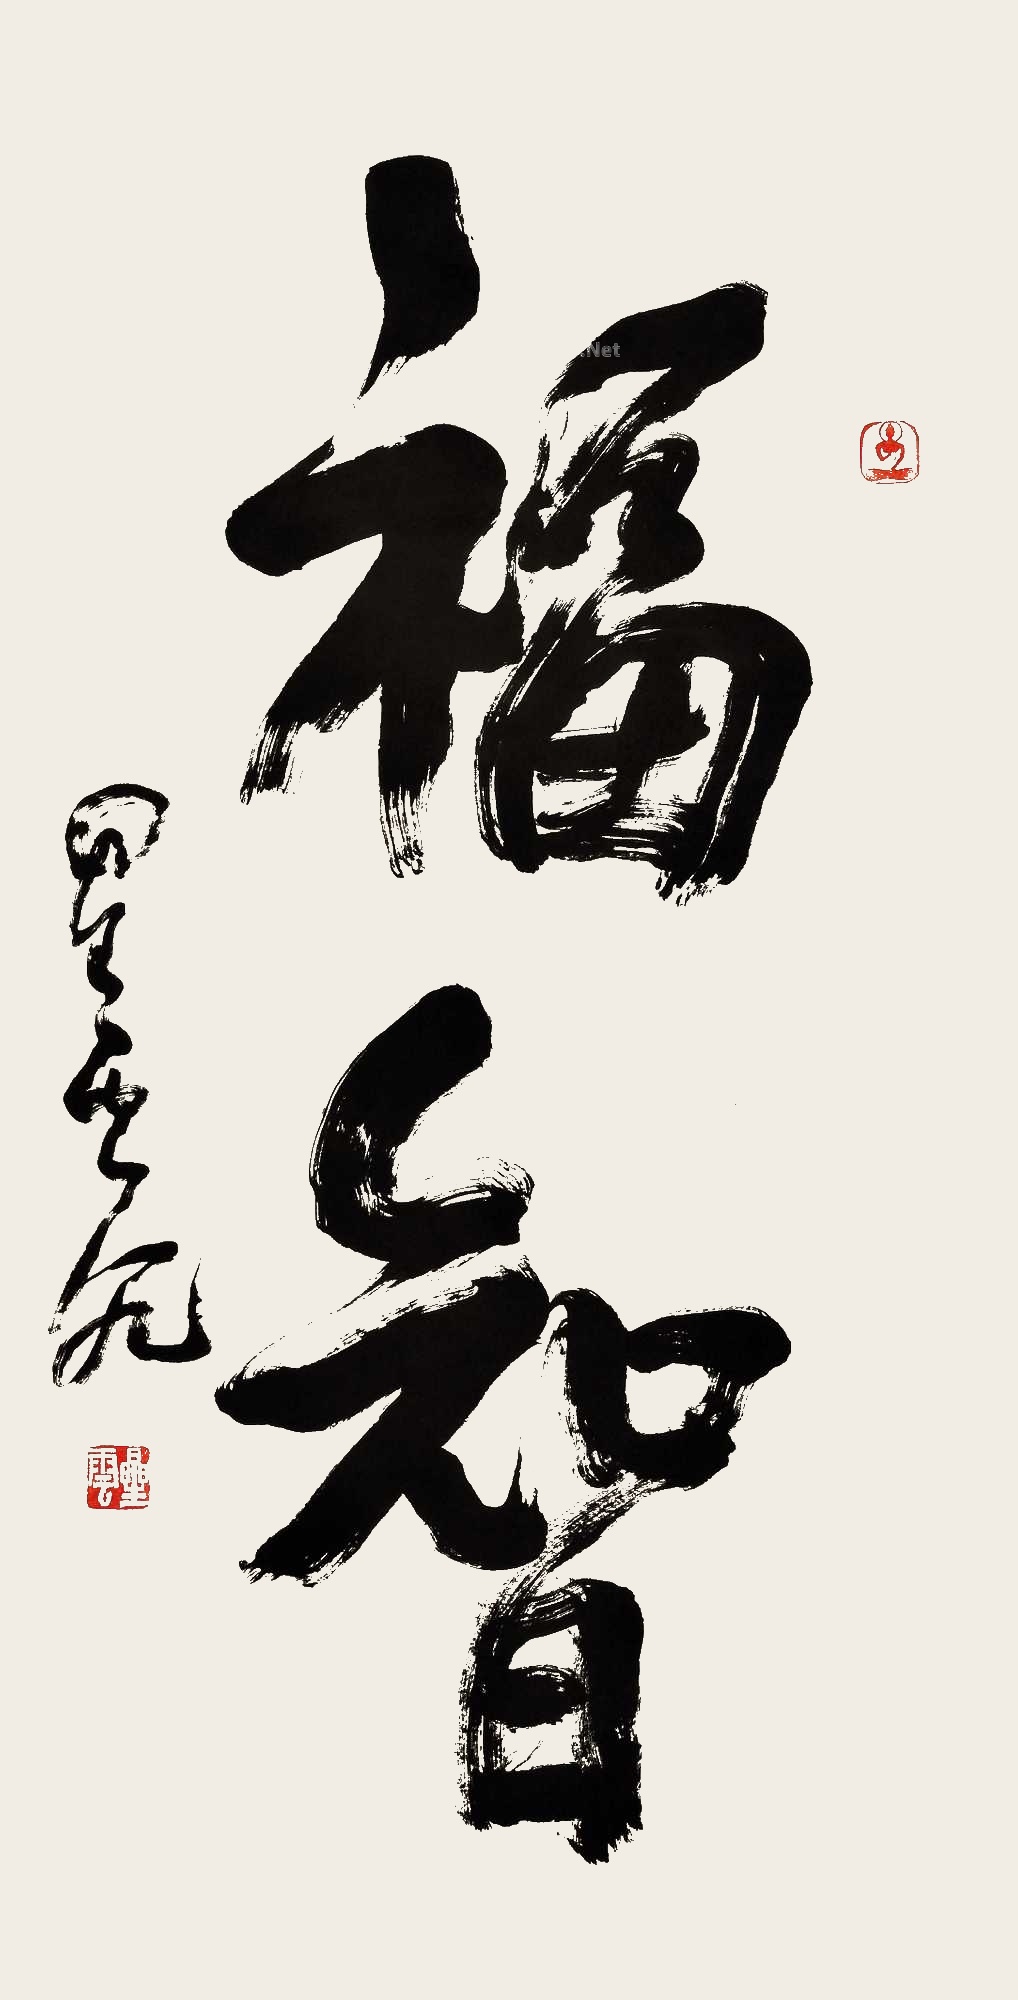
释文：福智星云八九